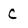
Character: C